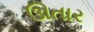
ઊતાર